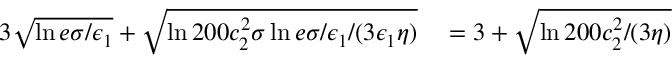
\begin{array} { r l } { 3 \sqrt { \ln { e \sigma / \epsilon _ { 1 } } } + \sqrt { \ln { 2 0 0 c _ { 2 } ^ { 2 } \sigma \ln { e \sigma / \epsilon _ { 1 } } / ( 3 \epsilon _ { 1 } \eta ) } } } & { { } = 3 + \sqrt { \ln { 2 0 0 c _ { 2 } ^ { 2 } / ( 3 \eta ) } } } \end{array}